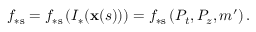
f _ { \ast \mathrm { s } } = f _ { \ast \mathrm { s } } \left( I _ { \ast } ( \mathbf { x } ( s ) ) \right) = f _ { \ast \mathrm { s } } \left( P _ { t } , P _ { z } , m ^ { \prime } \right) .